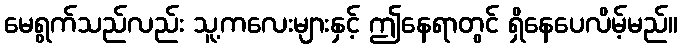
မေရွက်သည်လည်း သူ့ကလေးများနှင့် ဤနေရာတွင် ရှိနေပေလိမ့်မည်။